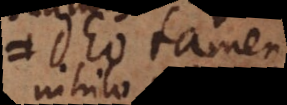
Deo tamen